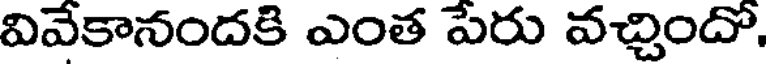
వివేకానందకి ఎంత పేరు వచ్చిందో.